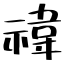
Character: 禕